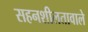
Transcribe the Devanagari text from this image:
सहनशीलतावाले